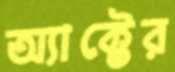
অ্যাক্টের